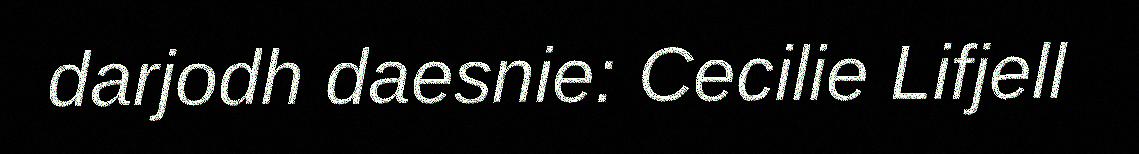
darjodh daesnie: Cecilie Lifjell